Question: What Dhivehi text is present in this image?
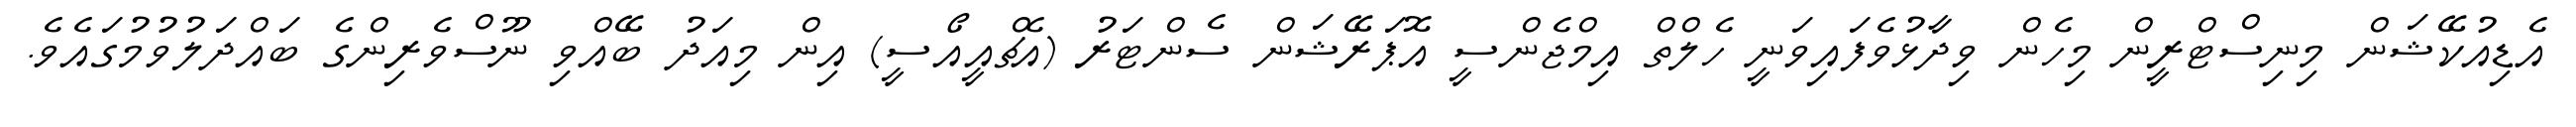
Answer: އެޑިއުކޭޝަން މިނިސްޓްރީން މިހެން ވިދާޅުވެފައިވަނީ ހެލްތް އިމްޖެންސީ އޮޕަރޭޝަން ސެންޓަރު (އެޗްއީއޯސީ) އިން މިއަދު ބޭއްވި ނޫސްވެރިންގެ ބައްދަލުވުމުގައެވެ.